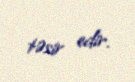
təsir edir.